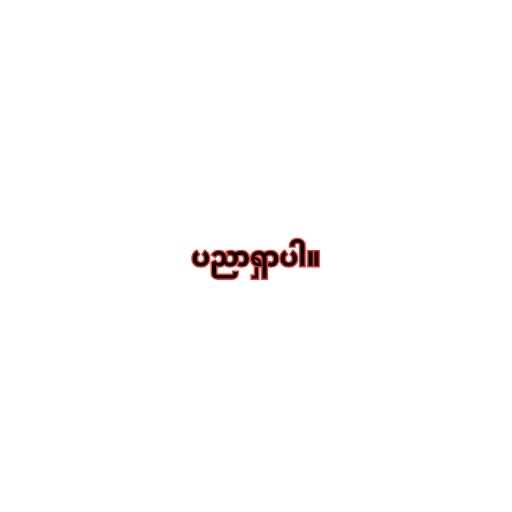
ပညာရှာပါ။